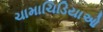
ચામાચિડિયાઓ